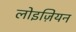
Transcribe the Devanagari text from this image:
लोइज़ियन